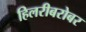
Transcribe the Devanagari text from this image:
हिलरीबरोबर